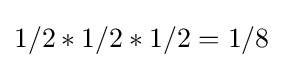
1/2*1/2*1/2=1/8